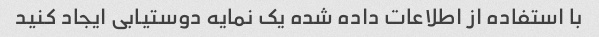
با استفاده از اطلاعات داده شده یک نمایه دوستیابی ایجاد کنید